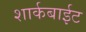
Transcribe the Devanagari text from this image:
शार्कबाईट